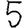
Digit: 5